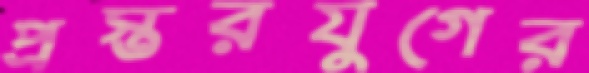
প্রস্তরযুগের